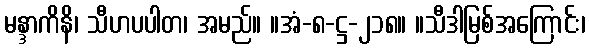
မန္ဒာကိနိ၊ သီဟပပါတ၊ အမည်။ ။အံ-၈-ဋ္ဌ-၂၁၈။ ။သီဒါမြစ်အကြောင်း၊